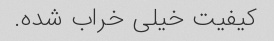
کیفیت خیلی خراب شده.